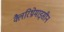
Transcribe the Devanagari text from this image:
क्लैरिथ्रोमाइसीन